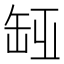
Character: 𦈮